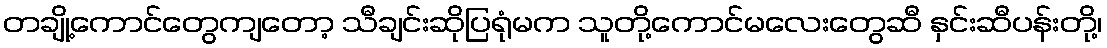
တချို့ကောင်တွေကျတော့ သီချင်းဆိုပြရုံမက သူတို့ကောင်မလေးတွေဆီ နှင်းဆီပန်းတို့၊